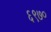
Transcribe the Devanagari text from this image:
६९७०